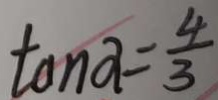
\tan \alpha = \frac { 4 } { 3 }